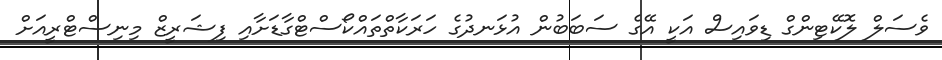
ވެސަލް ލޮކޭޓިންގް ޑިވައިސް އަކީ އޭގެ ސަބަބުން އުޅަނދުގެ ހަރަކާތްތައްކޯސްޓްގާޑަށާއި ފިޝަރީޒް މިނިސްޓްރީއަށް